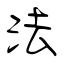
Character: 法